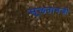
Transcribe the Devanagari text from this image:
सु्लतानजी